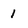
Character: 1